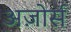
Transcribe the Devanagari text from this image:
अज़ोर्स